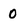
Character: 0